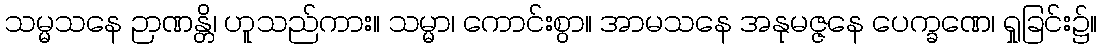
သမ္မသနေ ဉာဏန္တိ၊ ဟူသည်ကား။ သမ္မာ၊ ကောင်းစွာ။ အာမသနေ အနုမဇ္ဇနေ ပေက္ခဏေ၊ ရှုခြင်း၌။